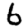
Digit: 6